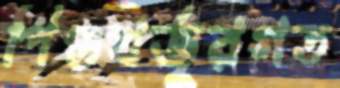
পিণ্ডখর্জুরগত